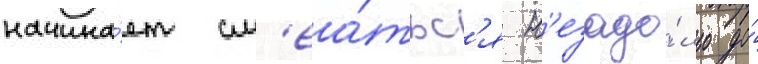
начина́ет см'еа́тьс'я н'езадо́лго до́